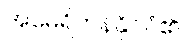
အမေရိကန်နိုင်ငံ၏